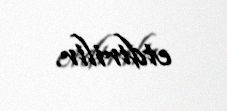
etdirilir.